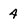
Character: 4